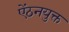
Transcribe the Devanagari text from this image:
ऐंठनयुक्त